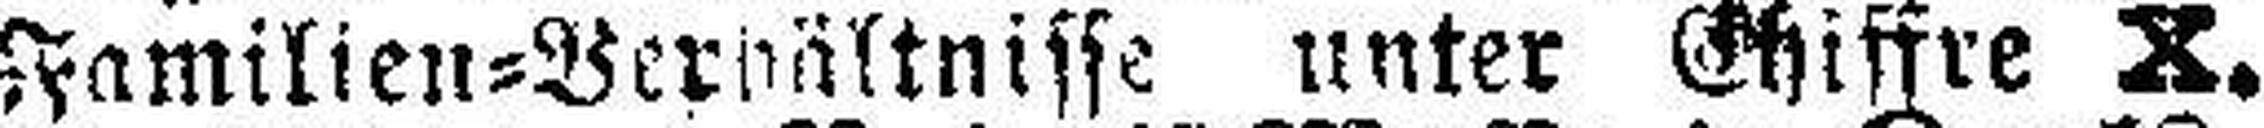
Familien=Verhältnisse unter Chiffre X.